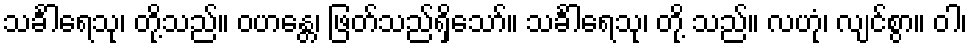
သင်္ခါရေသု၊ တို့သည်။ ဝဟန္တေ၊ ဖြတ်သည်ရှိသော်။ သင်္ခါရေသု၊ တို့ သည်။ လဟုံ၊ လျင်စွာ။ ဝါ၊